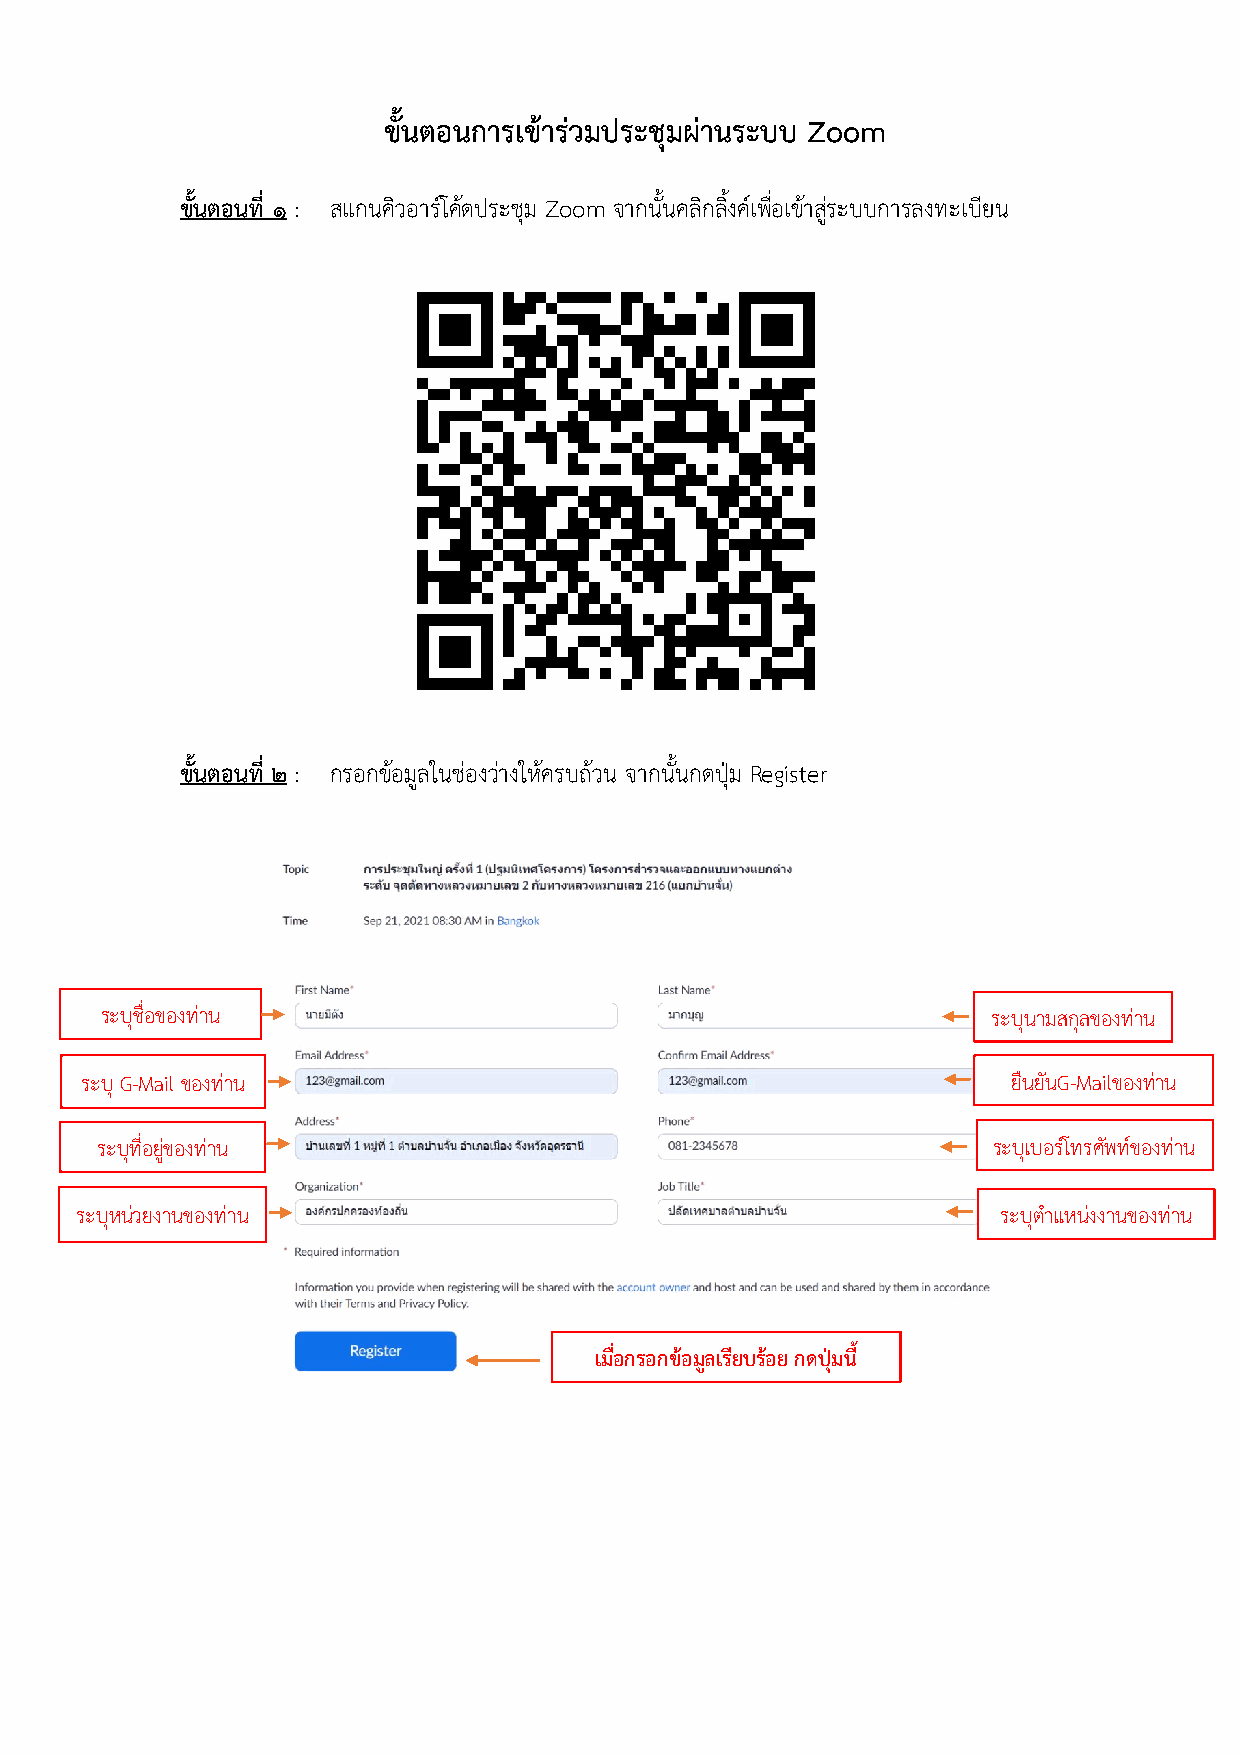
ขั้นตอนการเขารวมประชุมผานระบบ Zoom
 ขั้นตอนที่ 1 : สแกนคิวอารโคดประชุม Zoom จากนั้นคลิกลิ้งคเพื่อเขาสูระบบการลงทะเบียน
 ขั้นตอนที่ 2 : กรอกขอมูลในชองวางใหครบถวน จากนั้นกดปุม Register
 ระบุชื่อของทาน                                            ระบุนามสกุลของทาน
 ระบุ G-Mail ของทาน                                           ยืนยันG-Mailของทาน
 ระบุที่อยูขอ งทาน                                         ระบุเบอรโทรศัพทของทาน
 ระบุหนวยงานของทาน                                          ระบุตำแหนงงานของทาน
 เมื่อกรอกขอมลู เรียบรอย กดปุมนี้